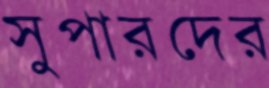
সুপারদের